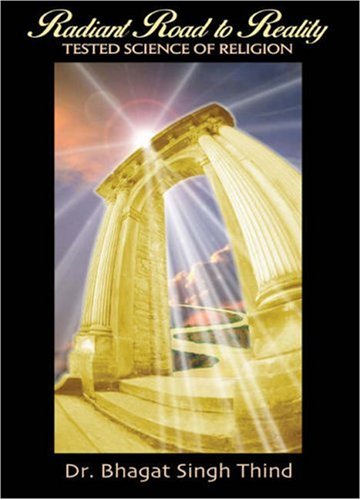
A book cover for Radiant Road to Reality; Bhagat Singh Thind; Religion & Spirituality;